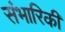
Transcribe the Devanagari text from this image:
संभारिकी